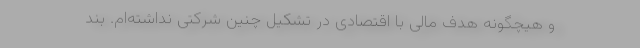
و هیچگونه هدف مالی با اقتصادی در تشکیل چنین شرکتی نداشته‌‌ام. بند